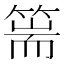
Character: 篅